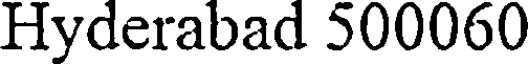
Hyderabad 500060